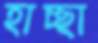
হাচ্ছা